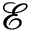
\mathcal { E }